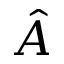
\hat { A }